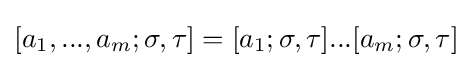
[a_{1},...,a_{m};\sigma ,\tau ]=[a_{1};\sigma ,\tau ]...[a_{m};\sigma ,\tau ]